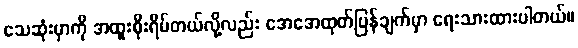
သေဆုံးမှာကို အထူးစိုးရိမ်တယ်လို့လည်း အေအေထုတ်ပြန်ချက်မှာ ရေးသားထားပါတယ်။